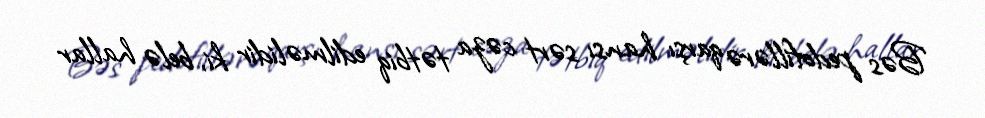
Bəs pedofillərə qarşı hansı sərt cəza tətbiq edilməlidir ki, belə hallar